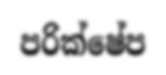
පරික්ෂේප